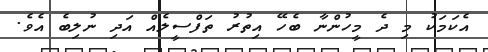
އެކަމަކު މި ދެ މީހުންނާ ބެހޭ އިތުރު ތަފްސީލެއް އަދި ނުލިބެ އެވެ.